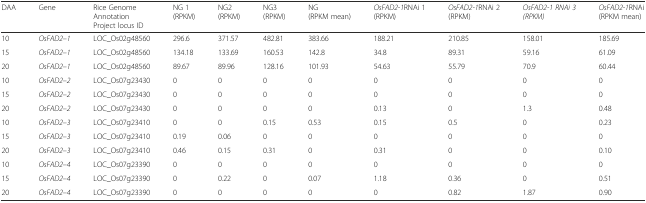
| DAA | Gene | Rice Genome AnnotationProject locus ID | NG 1 (RPKM) | NG2 (RPKM) | NG3 (RPKM) | NG (RPKM mean) | OsFAD2-1RNAi 1 (RPKM) | OsFAD2-1RNAi 2 (RPKM) | OsFAD2-1 RNAi 3 (RPKM) | OsFAD2-1RNAi (RPKM mean) |
 | --- | --- | --- | --- | --- | --- | --- | --- | --- | --- | --- |
 | 10 | OsFAD2–1 | LOC_Os02g48560 | 296.6 | 371.57 | 482.81 | 383.66 | 188.21 | 210.85 | 158.01 | 185.69 |
 | 15 | OsFAD2–1 | LOC_Os02g48560 | 134.18 | 133.69 | 160.53 | 142.8 | 34.8 | 89.31 | 59.16 | 61.09 |
 | 20 | OsFAD2–1 | LOC_Os02g48560 | 89.67 | 89.96 | 128.16 | 101.93 | 54.63 | 55.79 | 70.9 | 60.44 |
 | 10 | OsFAD2–2 | LOC_Os07g23430 | 0 | 0 | 0 | 0 | 0 | 0 | 0 | 0 |
 | 15 | OsFAD2–2 | LOC_Os07g23430 | 0 | 0 | 0 | 0 | 0 | 0 | 0 | 0 |
 | 20 | OsFAD2–2 | LOC_Os07g23430 | 0 | 0 | 0 | 0 | 0.13 | 0 | 1.3 | 0.48 |
 | 10 | OsFAD2–3 | LOC_Os07g23410 | 0 | 0 | 0.15 | 0.53 | 0.15 | 0.5 | 0 | 0.23 |
 | 15 | OsFAD2–3 | LOC_Os07g23410 | 0.19 | 0.06 | 0 | 0 | 0 | 0 | 0 | 0 |
 | 20 | OsFAD2–3 | LOC_Os07g23410 | 0.46 | 0.15 | 0.31 | 0 | 0.31 | 0 | 0 | 0.10 |
 | 10 | OsFAD2–4 | LOC_Os07g23390 | 0 | 0 | 0 | 0 | 0 | 0 | 0 | 0 |
 | 15 | OsFAD2–4 | LOC_Os07g23390 | 0 | 0.22 | 0 | 0.07 | 1.18 | 0.36 | 0 | 0.51 |
 | 20 | OsFAD2–4 | LOC_Os07g23390 | 0 | 0 | 0 | 0 | 0 | 0.82 | 1.87 | 0.90 |